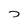
Character: D